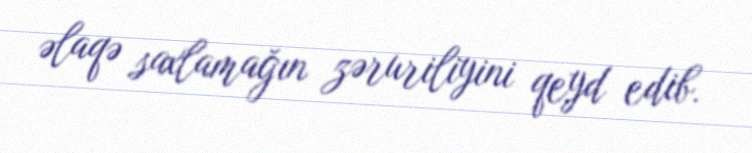
əlaqə saxlamağın zəruriliyini qeyd edib.